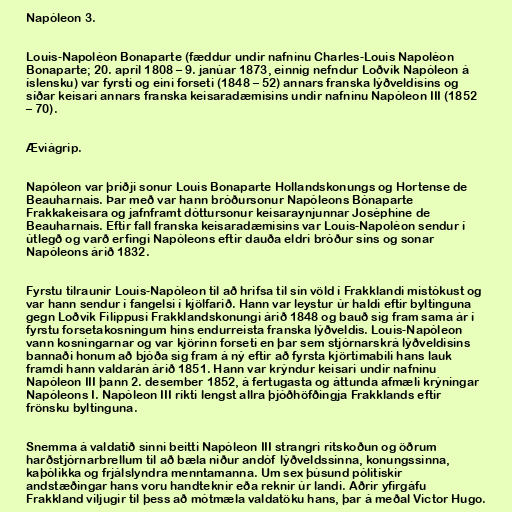
Napóleon 3.

Louis-Napoléon Bonaparte (fæddur undir nafninu Charles-Louis Napoléon
Bonaparte; 20. apríl 1808 – 9. janúar 1873, einnig nefndur Loðvík Napóleon á
íslensku) var fyrsti og eini forseti (1848 – 52) annars franska lýðveldisins og
síðar keisari annars franska keisaradæmisins undir nafninu Napóleon III (1852
– 70).

Æviágrip.

Napóleon var þriðji sonur Louis Bonaparte Hollandskonungs og Hortense de
Beauharnais. Þar með var hann bróðursonur Napóleons Bónaparte
Frakkakeisara og jafnframt dóttursonur keisaraynjunnar Joséphine de
Beauharnais. Eftir fall franska keisaradæmisins var Louis-Napoléon sendur í
útlegð og varð erfingi Napóleons eftir dauða eldri bróður síns og sonar
Napóleons árið 1832.

Fyrstu tilraunir Louis-Napóleon til að hrifsa til sín völd í Frakklandi mistókust og
var hann sendur í fangelsi í kjölfarið. Hann var leystur úr haldi eftir byltinguna
gegn Loðvík Filippusi Frakklandskonungi árið 1848 og bauð sig fram sama ár í
fyrstu forsetakosningum hins endurreista franska lýðveldis. Louis-Napóleon
vann kosningarnar og var kjörinn forseti en þar sem stjórnarskrá lýðveldisins
bannaði honum að bjóða sig fram á ný eftir að fyrsta kjörtímabili hans lauk
framdi hann valdarán árið 1851. Hann var krýndur keisari undir nafninu
Napóleon III þann 2. desember 1852, á fertugasta og áttunda afmæli krýningar
Napóleons I. Napóleon III ríkti lengst allra þjóðhöfðingja Frakklands eftir
frönsku byltinguna.

Snemma á valdatíð sinni beitti Napóleon III strangri ritskoðun og öðrum
harðstjórnarbrellum til að bæla niður andóf lýðveldssinna, konungssinna,
kaþólikka og frjálslyndra menntamanna. Um sex þúsund pólitískir
andstæðingar hans voru handteknir eða reknir úr landi. Aðrir yfirgáfu
Frakkland viljugir til þess að mótmæla valdatöku hans, þar á meðal Victor Hugo.